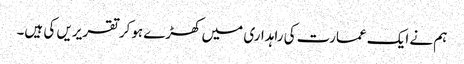
ہم نے ایک عمارت کی راہداری میں کھڑے ہوکر تقریریں کی ہیں۔